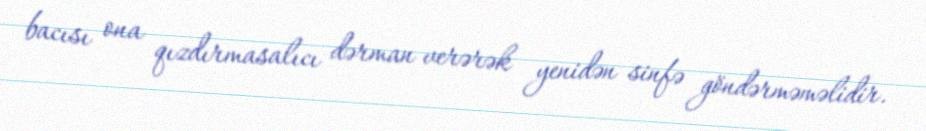
bacısı ona qızdırmasalıcı dərman verərək yenidən sinfə göndərməməlidir.